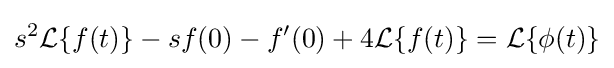
s^{2}{\mathcal {L}}\{f(t)\}-sf(0)-f'(0)+4{\mathcal {L}}\{f(t)\}={\mathcal {L}}\{\phi (t)\}